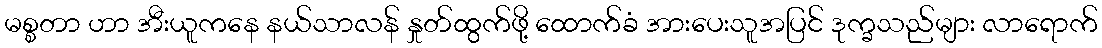
မစ္စတာ ဟာ အီးယူကနေ နယ်သာလန် နှုတ်ထွက်ဖို့ ထောက်ခံ အားပေးသူအပြင် ဒုက္ခသည်များ လာရောက်